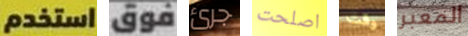
استخدم فوق جرئ اصلحت وقت المعبر